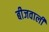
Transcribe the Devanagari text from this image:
बीजवाली